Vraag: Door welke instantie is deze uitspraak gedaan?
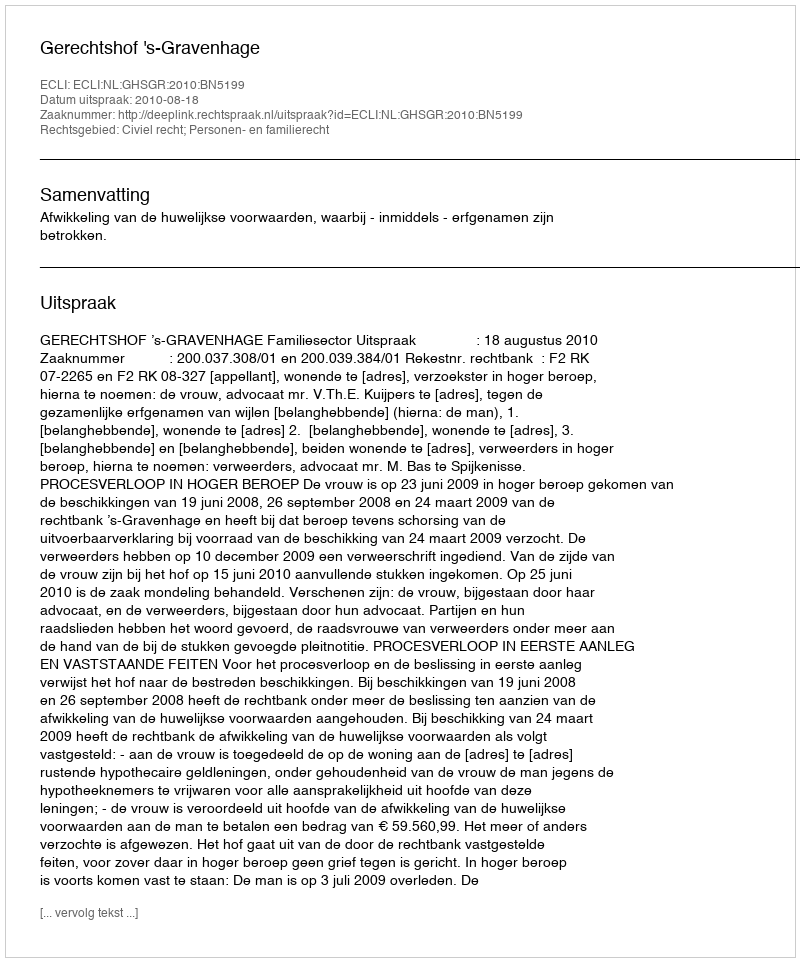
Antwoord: Gerechtshof 's-Gravenhage